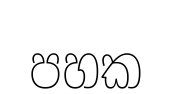
පහක